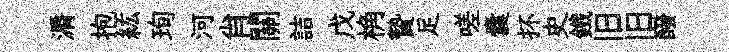
漘抱紘珣河肖關詰戊桷贄足嗟囊抔史鐵旧旧醱